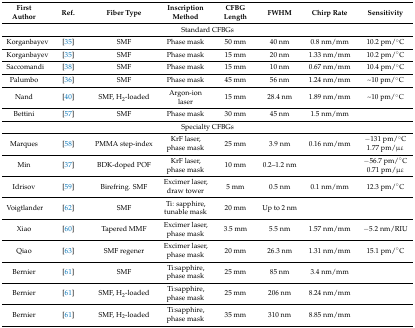
<table><thead><tr><td><b>First Author</b></td><td><b>Ref.</b></td><td><b>Fiber Type</b></td><td><b>Inscription Method</b></td><td><b>CFBG Length</b></td><td><b>FWHM</b></td><td><b>Chirp Rate</b></td><td><b>Sensitivity</b></td></tr></thead><tbody><tr><td colspan="8">Standard CFBGs</td></tr><tr><td>Korganbayev</td><td>[35]</td><td>SMF</td><td>Phase mask</td><td>50 mm</td><td>40 nm</td><td>0.8 nm/mm</td><td>10.2 pm/°C</td></tr><tr><td>Korganbayev</td><td>[35]</td><td>SMF</td><td>Phase mask</td><td>15 mm</td><td>20 nm</td><td>1.33 nm/mm</td><td>10.2 pm/°C</td></tr><tr><td>Saccomandi</td><td>[38]</td><td>SMF</td><td>Phase mask</td><td>15 mm</td><td>10 nm</td><td>0.67 nm/mm</td><td>10.4 pm/°C</td></tr><tr><td>Palumbo</td><td>[36]</td><td>SMF</td><td>Phase mask</td><td>45 mm</td><td>56 nm</td><td>1.24 nm/mm</td><td>~10 pm/°C</td></tr><tr><td>Nand</td><td>[40]</td><td>SMF, H<sub>2</sub>-loaded</td><td>Argon-ion laser</td><td>15 mm</td><td>28.4 nm</td><td>1.89 nm/mm</td><td>~10 pm/°C</td></tr><tr><td>Bettini</td><td>[57]</td><td>SMF</td><td>Phase mask</td><td>30 mm</td><td>45 nm</td><td>1.5 nm/mm</td><td></td></tr><tr><td colspan="8">Specialty CFBGs</td></tr><tr><td>Marques</td><td>[58]</td><td>PMMA step-index</td><td>KrF laser, phase mask</td><td>25 mm</td><td>3.9 nm</td><td>0.16 nm/mm</td><td>−131 pm/°C1.77 pm/με</td></tr><tr><td>Min</td><td>[37]</td><td>BDK-doped POF</td><td>KrF laser, phase mask</td><td>10 mm</td><td>0.2–1.2 nm</td><td></td><td>−56.7 pm/°C0.71 pm/με</td></tr><tr><td>Idrisov</td><td>[59]</td><td>Birefring. SMF</td><td>Excimer laser, draw tower</td><td>5 mm</td><td>0.5 nm</td><td>0.1 nm/mm</td><td>12.3 pm/°C</td></tr><tr><td>Voigtlander</td><td>[62]</td><td>SMF</td><td>Ti: sapphire, tunable mask</td><td>20 mm</td><td>Up to 2 nm</td><td></td><td></td></tr><tr><td>Xiao</td><td>[60]</td><td>Tapered MMF</td><td>Excimer laser, phase mask</td><td>3.5 mm</td><td>5.5 nm</td><td>1.57 nm/mm</td><td>−5.2 nm/RIU</td></tr><tr><td>Qiao</td><td>[63]</td><td>SMF regener</td><td>Excimer laser, phase mask</td><td>20 mm</td><td>26.3 nm</td><td>1.31 nm/mm</td><td>15.1 pm/°C</td></tr><tr><td>Bernier</td><td>[61]</td><td>SMF</td><td>Ti:sapphire, phase mask</td><td>25 mm</td><td>85 nm</td><td>3.4 nm/mm</td><td></td></tr><tr><td>Bernier</td><td>[61]</td><td>SMF, H<sub>2</sub>-loaded</td><td>Ti:sapphire, phase mask</td><td>25 mm</td><td>206 nm</td><td>8.24 nm/mm</td><td></td></tr><tr><td>Bernier</td><td>[61]</td><td>SMF, H<sub>2</sub>-loaded</td><td>Ti:sapphire, phase mask</td><td>35 mm</td><td>310 nm</td><td>8.85 nm/mm</td><td></td></tr></tbody></table>